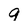
Character: 9